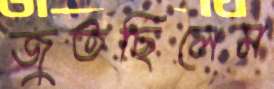
জুতছিলেম